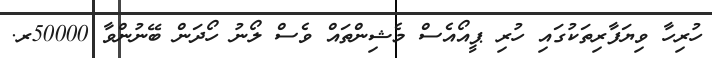
ހުރިހާ ވިޔަފާރިތަކުގައި ހުރި ޕީއޯއެސް މެޝިންތައް ވެސް ލޯނު ހޯދަން ބޭނުންވާ 50000ރ.